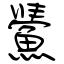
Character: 鱟